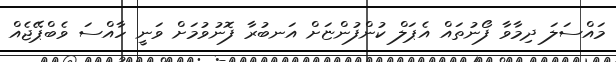
މައްސަލަ ދިމާވާ ފޯނުތައް އެޕަލް ކުންފުންޏަށް އަނބުރާ ފޮނުވުމަށް ވަނީ ހާއްސަ ވެބްޕޭޖެއް